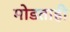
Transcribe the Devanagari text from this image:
मोडताही